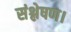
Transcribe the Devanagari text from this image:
संश्लेषण।